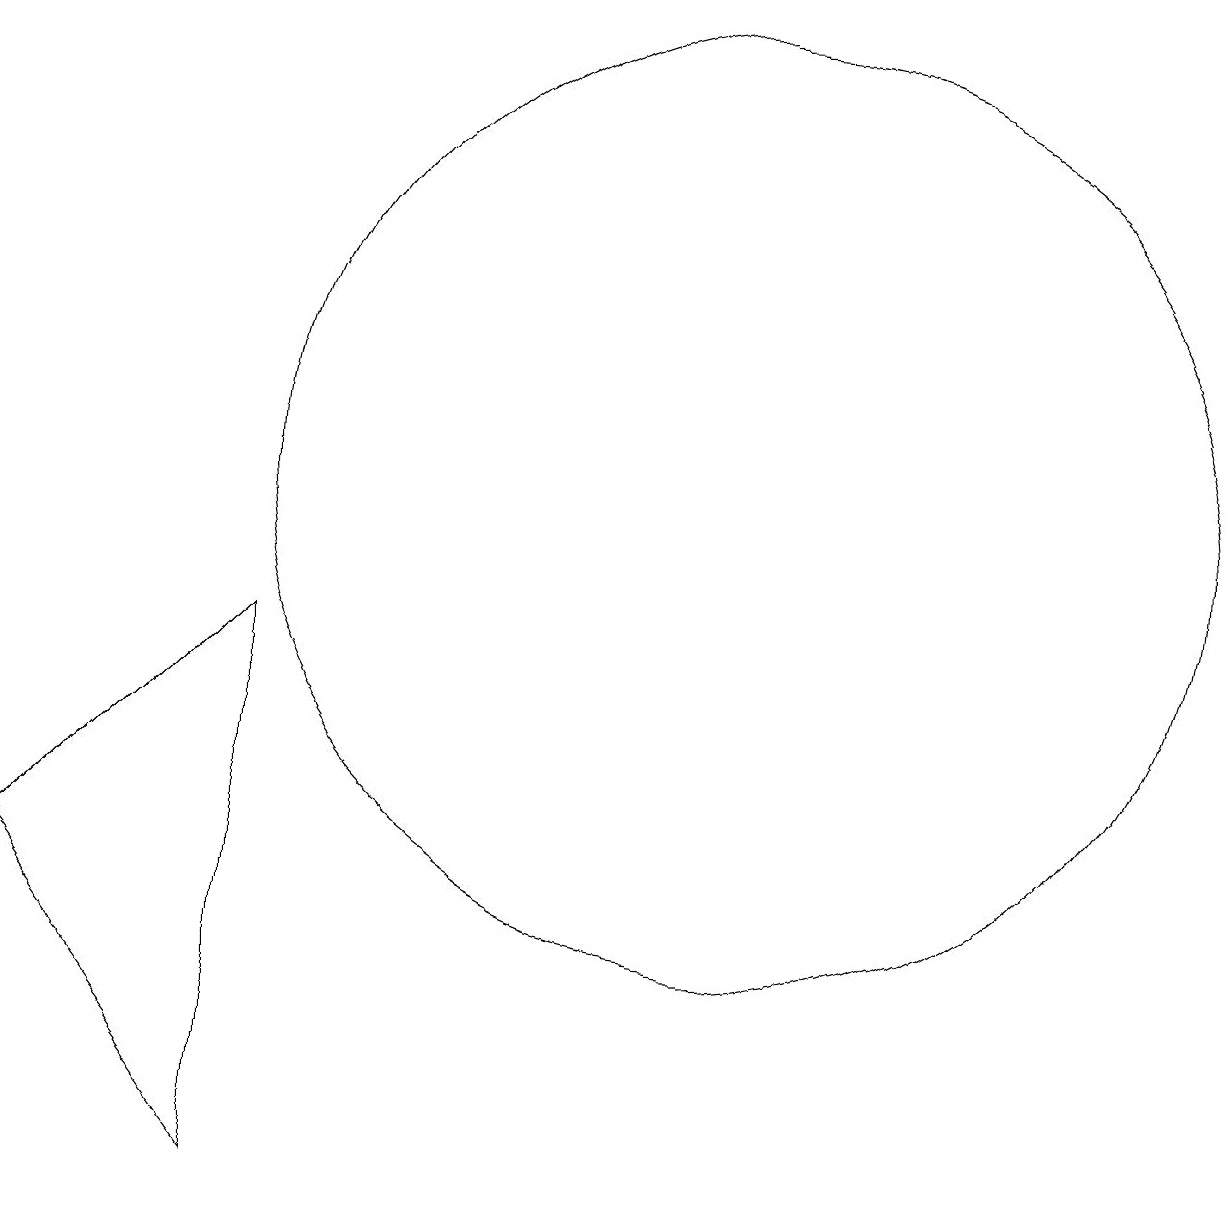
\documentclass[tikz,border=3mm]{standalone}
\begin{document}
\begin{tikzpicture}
\draw (5,1) -- (2,5) -- (5,8) -- cycle;
\draw (11,10) circle (6);
\draw (11,11) circle (0);
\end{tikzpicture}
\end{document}